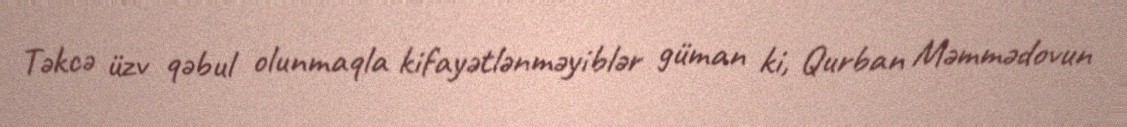
Təkcə üzv qəbul olunmaqla kifayətlənməyiblər güman ki, Qurban Məmmədovun